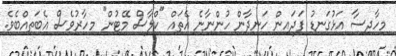
މިހާދިސާ އަޅުގަނޑު ފަދައިން ހަނދާން ހުންނާނެ އެތައް "ކްލާސް މޭޓުން" މިހާރުވެސް އެބަތިއްބެވެ.